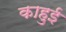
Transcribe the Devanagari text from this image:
काहुई